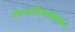
સાગરનિમજજન